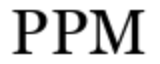
PPM